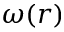
\omega ( r )